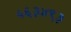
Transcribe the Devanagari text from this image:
५६३४९३